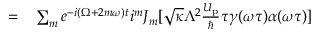
\begin{array} { r l } { = } & { { } \sum _ { m } e ^ { - i ( \Omega + 2 m \omega ) t } i ^ { m } J _ { m } [ \sqrt { \kappa } \Lambda ^ { 2 } \frac { U _ { \mathrm { p } } } { \hbar } \tau \gamma ( \omega \tau ) \alpha ( \omega \tau ) ] } \end{array}